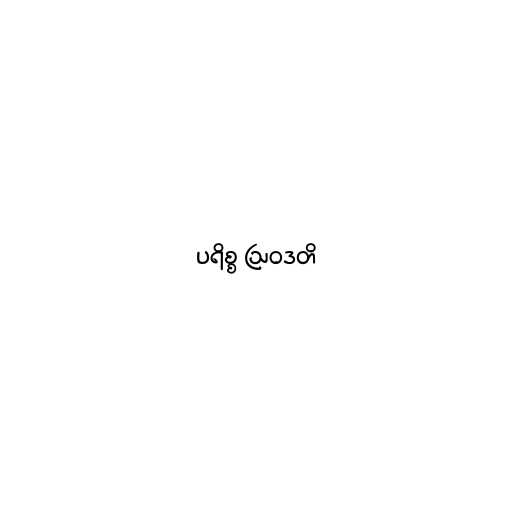
ပရိစ္စ ဩဝဒတိ